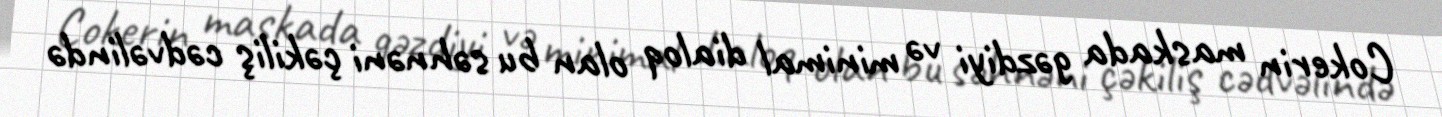
Cokerin maskada gəzdiyi və minimal dialoq olan bu səhnəni çəkiliş cədvəlində